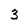
Character: 3